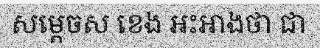
សម្តេចស ខេង អះអាងថា ជា